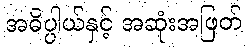
အဓိပ္ပါယ်နှင့် အဆုံးအဖြတ်